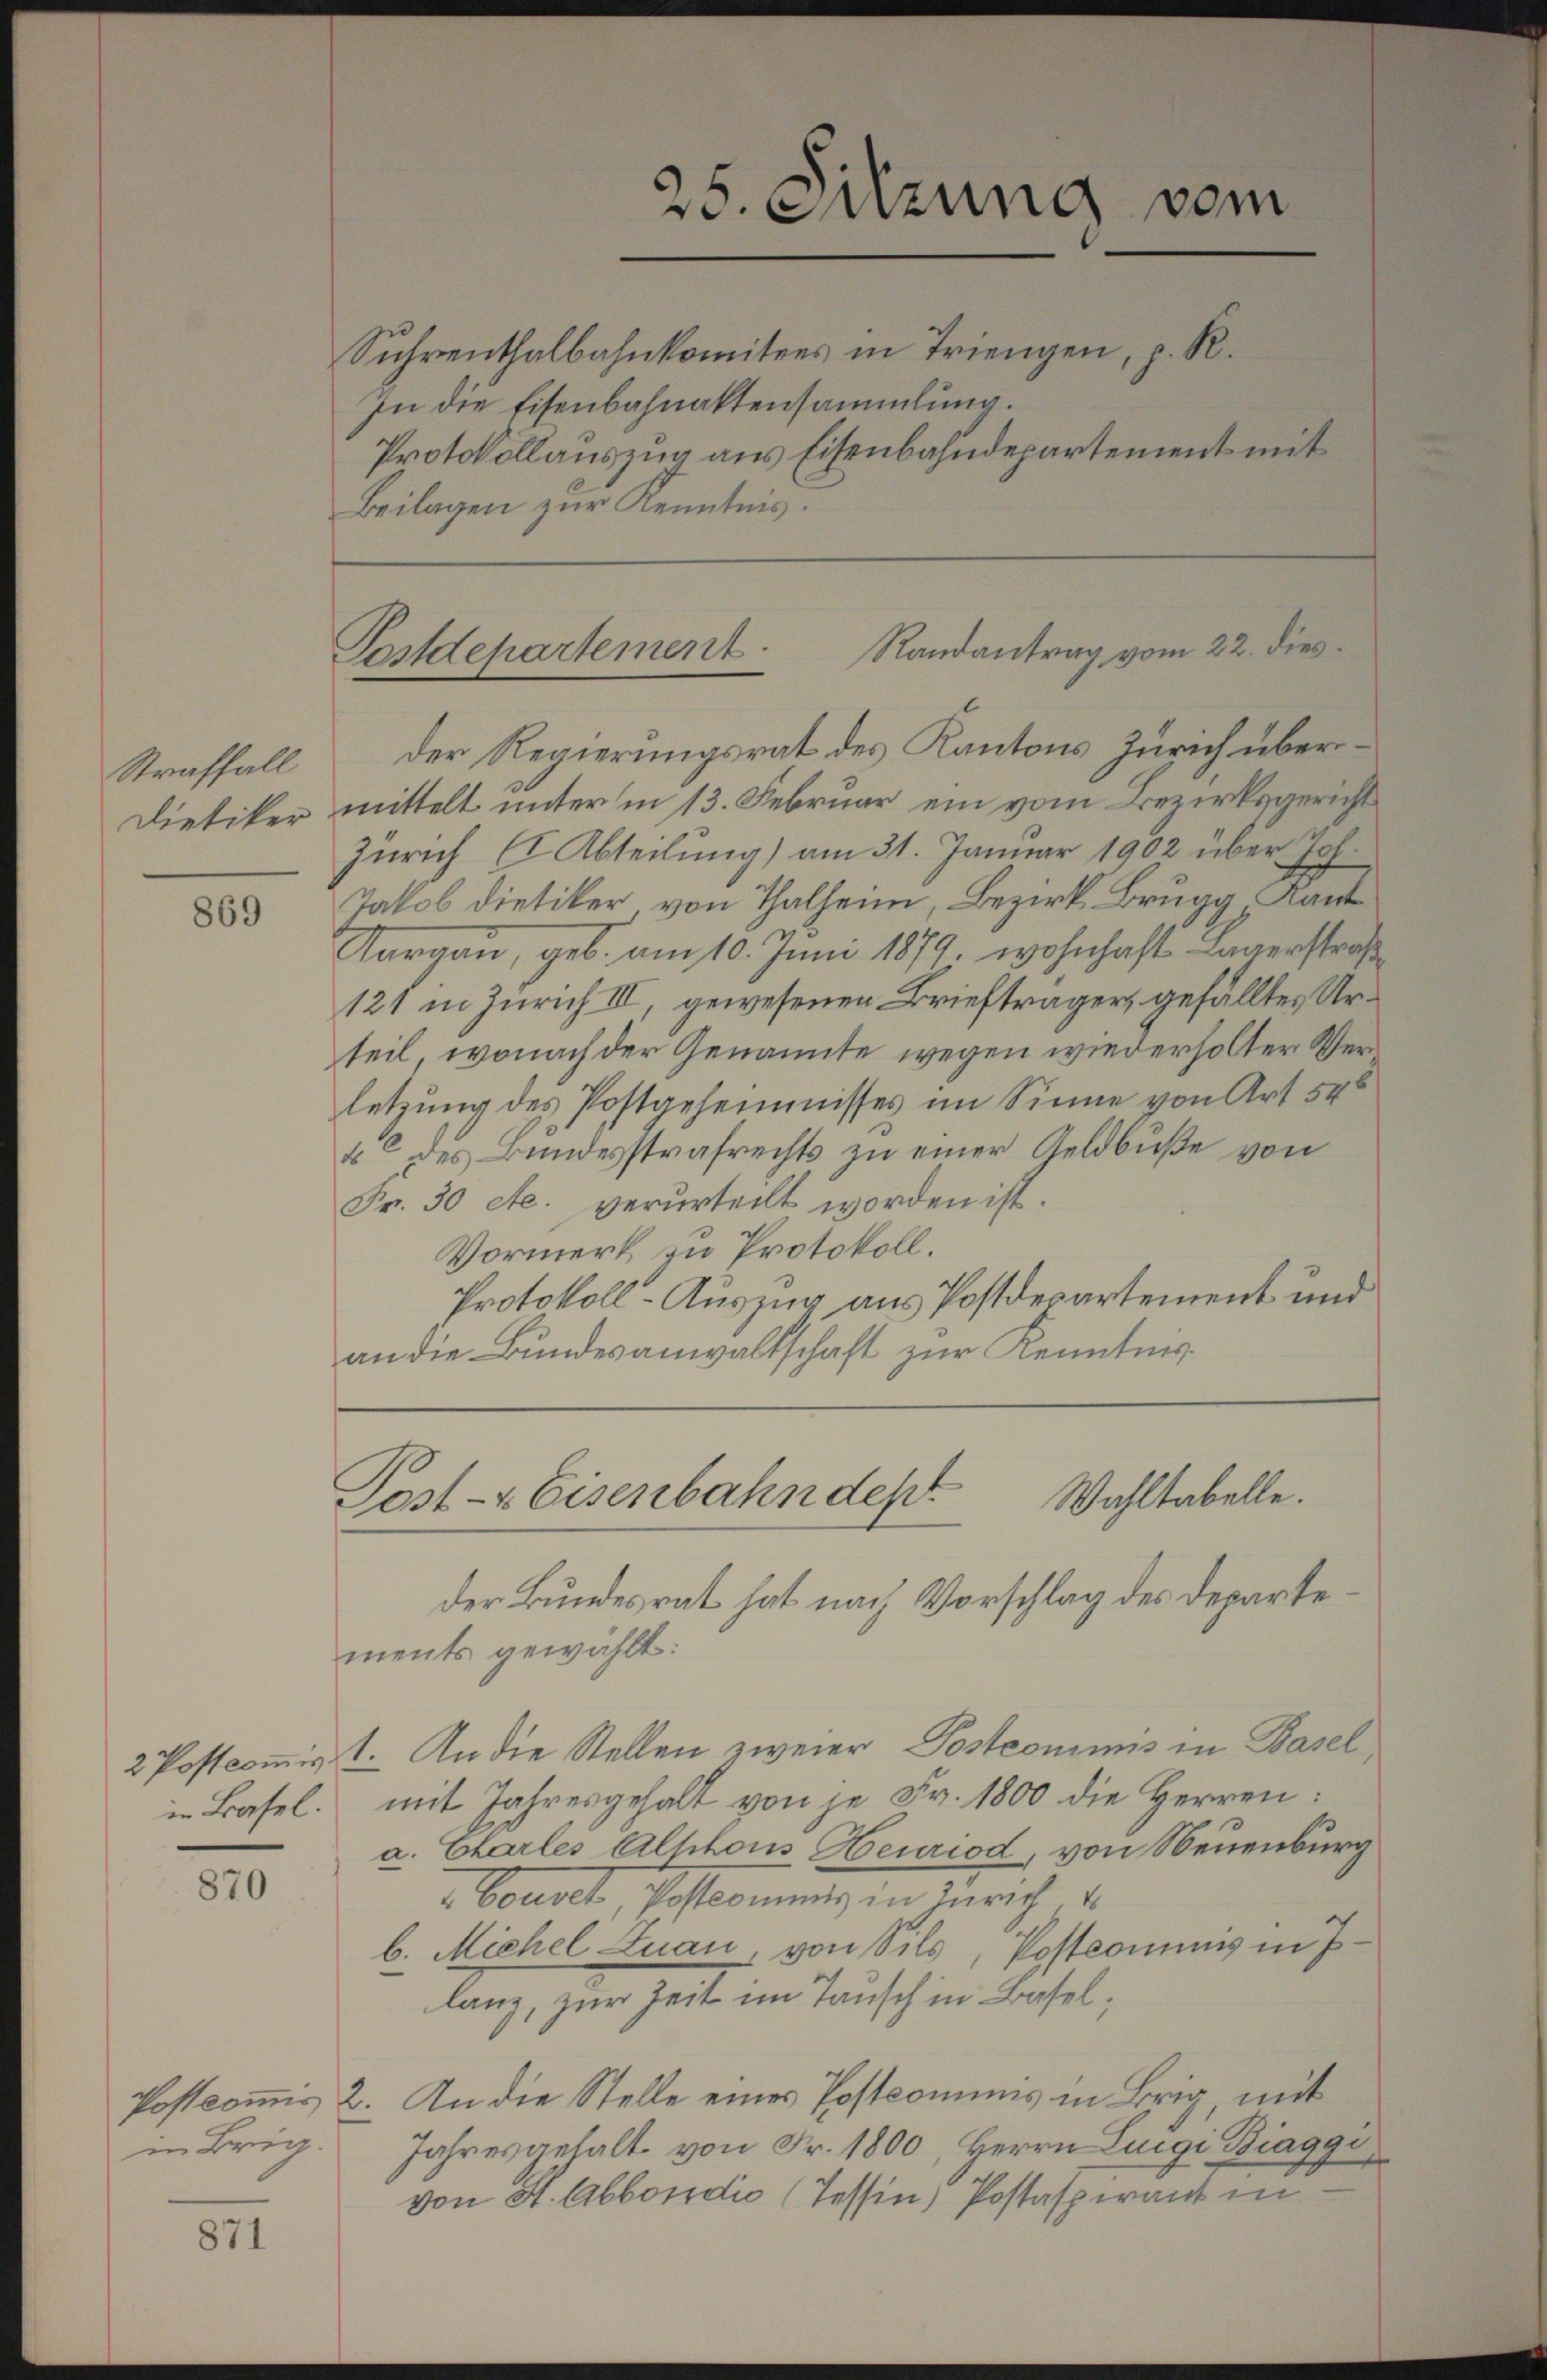
Straffall
Dietiker

869

in Basel.

870

in Brig.

871

Beilagen zur Kenntnis.

25. Sitzung vom
Suhrenthalbahnkomitees in Triengen, z. R.
In die Eisenbahnaktensammlung.
Protokollauszug aus Eisenbahndepartement mit

Randantrag vom 22. dies
Postdepartement

der Regierungsrat des Kantons Zürich übermittelt unterm 13. Februar ein vom Bezirksgericht
Zürich (Abteilung) am 31. Januar 1902 über Joh.
Jakob Dietiker von Thalheim, Bezirk Brugg, Kant
Aargau, geb. am 10. Juni 1879, wohnhaft Lagerstraß
121 in Zürich III, gewesenen Briefträger, gefälltes Urteil, wonach der Genannte wegen wiederholter Verletzung des Postgeheimnisses im Sinne von Art 54
4 des Bundesstrafrechts zu einer Geldbuße von
Fr. 30 etc. verurteilt worden ist.
Vormerk zu Protokoll.
Protokoll-Auszug aus Postdepartement und
an die Bundesanwaltschaft zur Kenntnis¬

Post- & Eisenbahndept
Wahltabelle.

der Bundesrat hat nach Vorschlag des Departements gewählt:
2 Postcommisst. An die Stellen zweier Postcommis in Basel
mit Jahresgehalt von je Fr. 1800 die Herren:
a. Chartes Alphons Heuriod, von Neuenburg
Court, Postkommnis in Zürich. E.
b. Michel Luan, von Sils, Postcommis in J
lang, zur Zeit im Tausch in Basel;
Postcommis 2. An die Stelle eines Postkommnis in Brig mit
Jahresgehalt von Fr. 1800, Herrn Luigi Biaggi
von St. Abbondio (Tessin, Postaspirant in